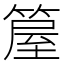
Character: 箼